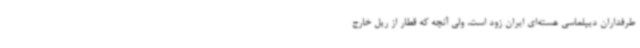
طرفداران دیپلماسی هسته‌ای ایران زود است، ولی آنچه که قطار از ریل خارج